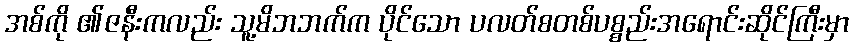
အစ်ကို ၏ဇနီးကလည်း သူ့မိဘဘက်က ပိုင်သော ပလတ်စတစ်ပစ္စည်းအရောင်းဆိုင်ကြီးမှာ